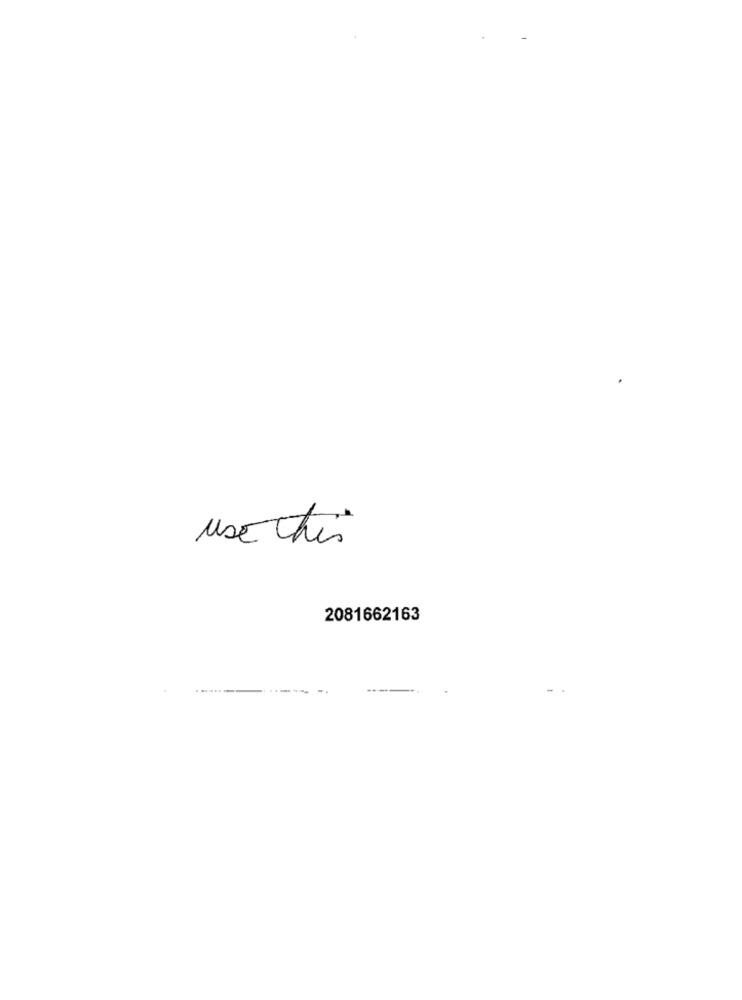
use This
2081662163